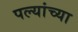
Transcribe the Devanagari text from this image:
पल्यांच्या